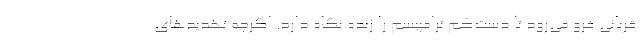
قربانی فرو می‌رود تا دست‌کم ترامپیسم را زنده نگاه دارد. اگرچه تهدیدهای